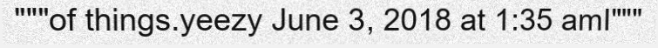
"""of things.yeezy June 3, 2018 at 1:35 amI"""